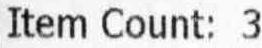
ITEM COUNT: 3